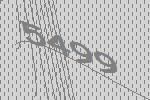
5499